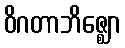
ဝိဂတာဘိဇ္ဈော